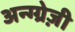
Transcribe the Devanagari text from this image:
अन्ग्ग्रेज़ी